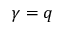
\gamma = q